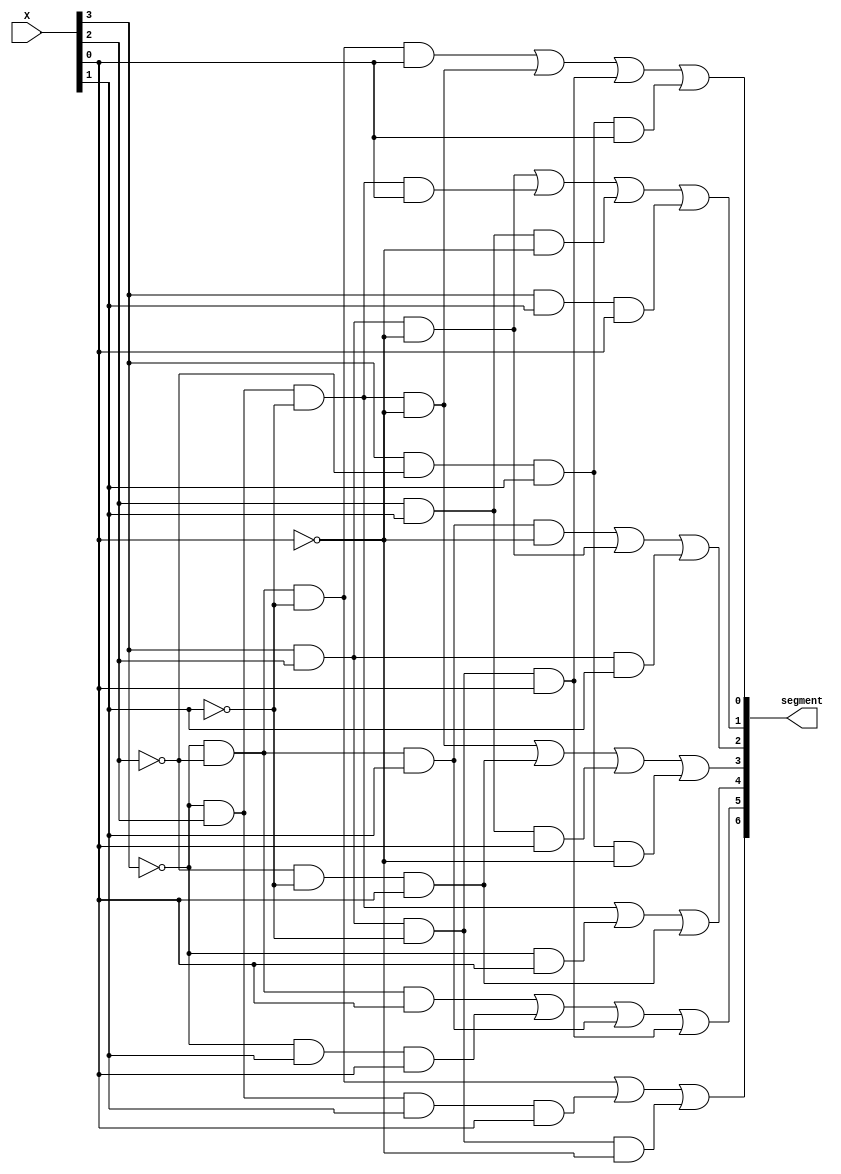
module hex_7seg_bitwise (X, segment); //module name 7 segment display, part 1e

	input wire [3:0]X; //defines a wire that's 4 bits wide
	output wire [6:0]segment; //defines an output wire that is 7 bits wide
	
	// Base for copying and pasting to make typing segments easier: A[3]&B[2]&C[1]&D[0] |
	
	// S0 = Sum(1,4,11,13)
	// Segment[0] = ~A[3]&~B[2]&~C[1]&D[0] | ~A[3]&B[2]&~C[1]&~D[0] | A[3]&B[2]&~C[1]&D[0] | A[3]&~B[2]&C[1]&D[0];
	assign segment[0] = ~X[3]&~X[2]&~X[1]&X[0] | ~X[3]&X[2]&~X[1]&~X[0] | X[3]&X[2]&~X[1]&X[0] | X[3]&~X[2]&X[1]&X[0];
	
	// S1 = Sum(5,6,11,12,14,15)
	// Segment[1] = A[3]&B[2]&~D[0] | ~A[3]&B[2]&~C[1]&D[0] | B[2]&C[1]&~D[0] | A[3]&C[1]&D[0];
	assign segment[1] = X[3]&X[2]&~X[0] | ~X[3]&X[2]&~X[1]&X[0] | X[2]&X[1]&~X[0] | X[3]&X[1]&X[0];
	
	// S2 = Sum(2,12,14,15)
	// Segment[2] = ~A[3]&~B[2]&C[1]&~D[0] | A[3]&B[2]&~D[0] | A[3]&B[2]&C[1];
	assign segment[2] = ~X[3]&~X[2]&X[1]&~X[0] | X[3]&X[2]&~X[0] | X[3]&X[2]&X[1];
	
	// S3 = Sum(1,4,7,9,10,15)
	// Segment[3] = ~A[3]&B[2]&~C[1]&~D[0] | ~B[2]&~C[1]&D[0] | B[2]&C[1]&D[0] | A[3]&~B[2]&C[1]&~D[0]
	assign segment[3] = ~X[3]&X[2]&~X[1]&~X[0] | ~X[2]&~X[1]&X[0] | X[2]&X[1]&X[0] | X[3]&~X[2]&X[1]&~X[0];
	
	// S4 = Sum(1,3,4,5,7,9)
	// Segment[4] = ~A[3]&B[2]&~C[1] | ~A[3]&D[0] | ~B[2]&~C[1]&D[0]
	assign segment[4] = ~X[3]&X[2]&~X[1] | ~X[3]&X[0] | ~X[2]&~X[1]&X[0];
	
	// S5 = Sum(1,2,3,7,13)
	// Segment[5] = ~A[3]&~B[2]&D[0] | ~A[3]&C[1]&D[0] | ~A[3]&~B[2]&C[1] | A[3]&B[2]&~C[1]&D[0]
	assign segment[5] = ~X[3]&~X[2]&X[0] | ~X[3]&X[1]&X[0] | ~X[3]&~X[2]&X[1] | X[3]&X[2]&~X[1]&X[0];
	
	// S6 = Sum(0,1,7,12)
	// Segment[6] = ~A[3]&~B[2]&~C[1] | ~A[3]&B[2]&C[1]&D[0] | A[3]&B[2]&~C[1]&~D[0]
	assign segment[6] = ~X[3]&~X[2]&~X[1] | ~X[3]&X[2]&X[1]&X[0] | X[3]&X[2]&~X[1]&~X[0];
	
endmodule